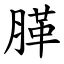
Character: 䐙